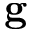
\mathbf { g }